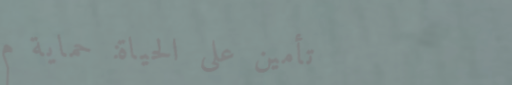
تأمين على الحياة: حماية م